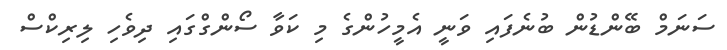
ސަނަމް ބޭންޑުން ބުނެފައި ވަނީ އެމީހުންގެ މި ކަވާ ސޯންގްގައި ދިވެހި ލިރިކްސް